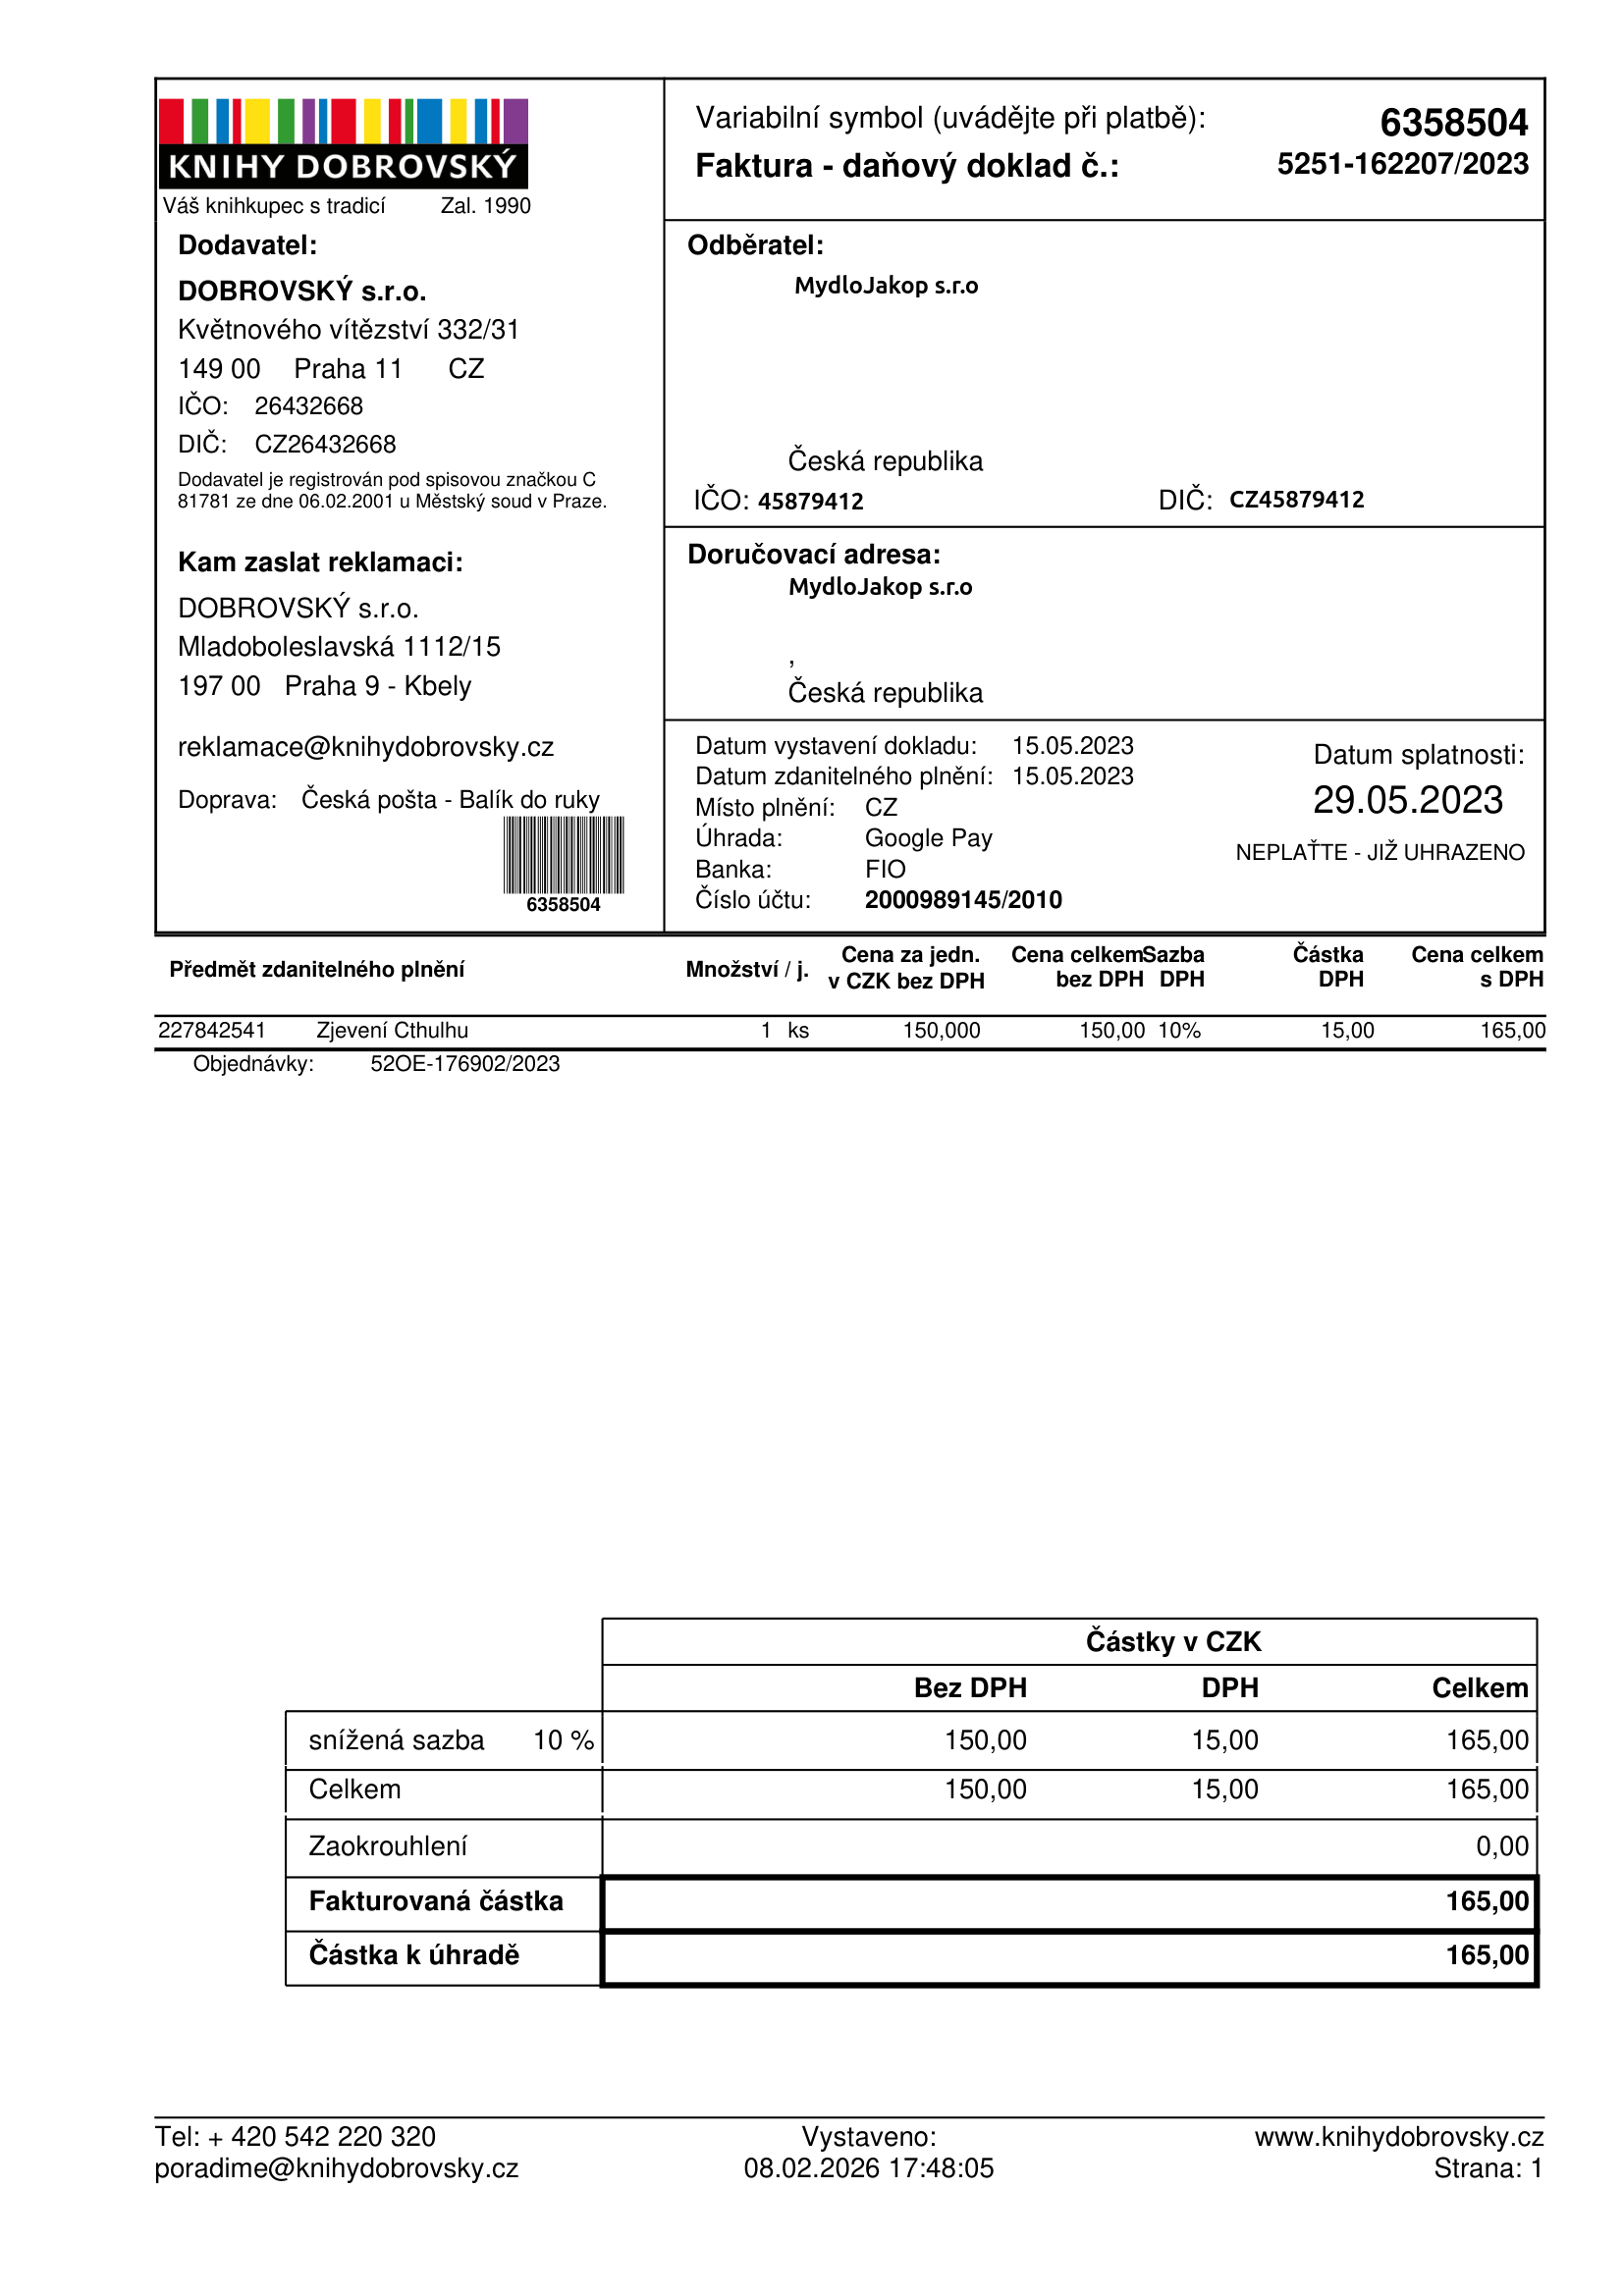
invoice_number: 5251-162207/2023
supp_register_id: 26432668
supp_tax_id: CZ26432668
cust_register_id: 45879412
cust_tax_id: CZ45879412
issue_date: 15.05.2023
taxable_supply_date: 15.05.2023
due_date: 29.05.2023
payment_type: Google Pay
bank_account_number: 2000989145/2010
variable_symbol: 6358504
total: 165,00